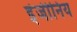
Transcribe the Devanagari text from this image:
इंजीनिय